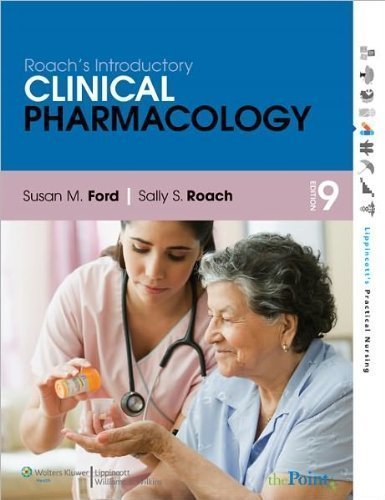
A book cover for Roach's Introductory Clinical Pharmacology (text only) 9th (Ninth) edition by S. M. Ford,S. S. Roach; Medical Books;